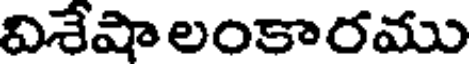
విశేషా లంకారము